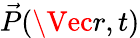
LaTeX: \vec{P}(\Vec{r},t)